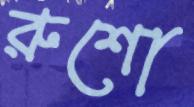
রুশো